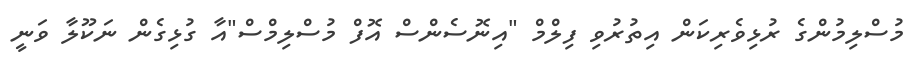
މުސްލިމުންގެ ރުޅިވެރިކަން އިތުރުވި ފިލްމް "އިނޮސެންސް އޮފް މުސްލިމްސް"އާ ގުޅިގެން ނަކޫލާ ވަނީ